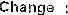
CHANGE :